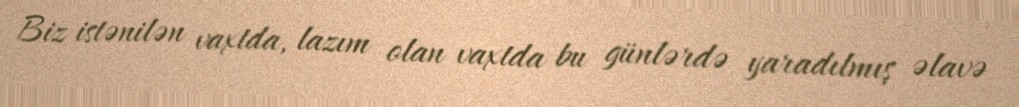
Biz istənilən vaxtda, lazım olan vaxtda bu günlərdə yaradılmış əlavə